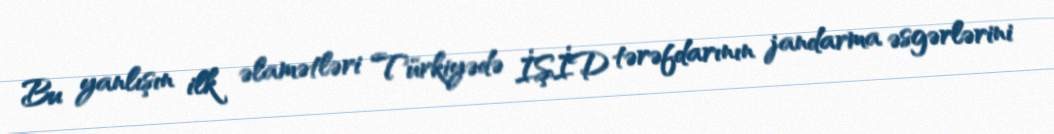
Bu yanlışın ilk əlamətləri Türkiyədə İŞİD tərəfdarının jandarma əsgərlərini